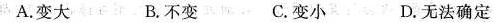
A.变大 B.不变 C.变小 D.无法确定